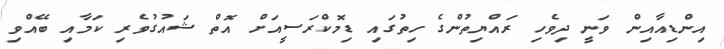
އިންޑިއާއިން ވަނީ ދިވެހި ރައްޔިތުންގެ ހިތުގައި ޑިމޮކްރަސީއަށް އޮތް ޝައުގުވެރި ކަމާއި ބޭއްވި